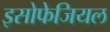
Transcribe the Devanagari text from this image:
इसोफेजियल